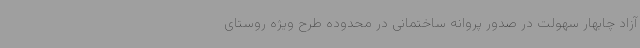
آزاد چابهار سهولت در صدور پروانه ساختمانی در محدوده طرح ویژه روستای